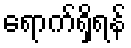
ရောက်ရှိရန်